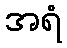
အရံ